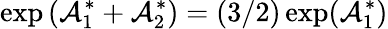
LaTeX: \exp\left(\mathcal{A}_{1}^{\ast}+\mathcal{A}_{2}^{\ast}\right)=(3/2)\exp(\mathcal{A}_{1}^{\ast})